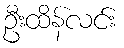
ဦးထိန်လင်း